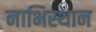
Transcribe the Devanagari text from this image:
नाभिस्थान